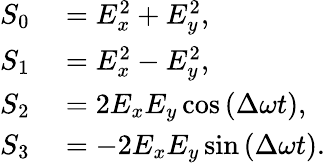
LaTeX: \begin{array}{rl}{S_{0}}&{{}=E_{x}^{2}+E_{y}^{2},}\\ {S_{1}}&{{}=E_{x}^{2}-E_{y}^{2},}\\ {S_{2}}&{{}=2E_{x}E_{y}\cos{(\Delta\omega t)},}\\ {S_{3}}&{{}=-2E_{x}E_{y}\sin{(\Delta\omega t)}.}\end{array}